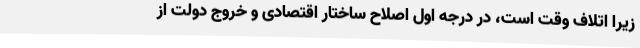
زیرا اتلاف وقت است، در درجه اول اصلاح ساختار اقتصادی و خروج دولت از